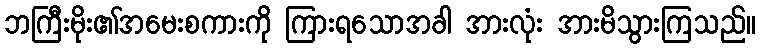
ဘကြီးမိုး၏အမေးစကားကို ကြားရသောအခါ အားလုံး အားမိသွားကြသည်။